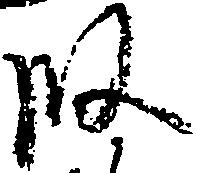
段